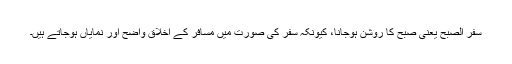
سفر الصبح یعنی صبح کا روشن ہوجانا، کیونکہ سفر کی صورت میں مسافر کے اخلاق واضح اور نمایاں ہوجاتے ہیں۔